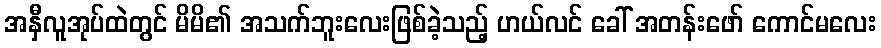
အနှီလူအုပ်ထဲတွင် မိမိ၏ အသက်ဘူးလေးဖြစ်ခဲ့သည့် ဟယ်လင် ခေါ် အတန်းဖော် ကောင်မလေး